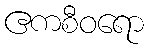
ဧကစီဝရော